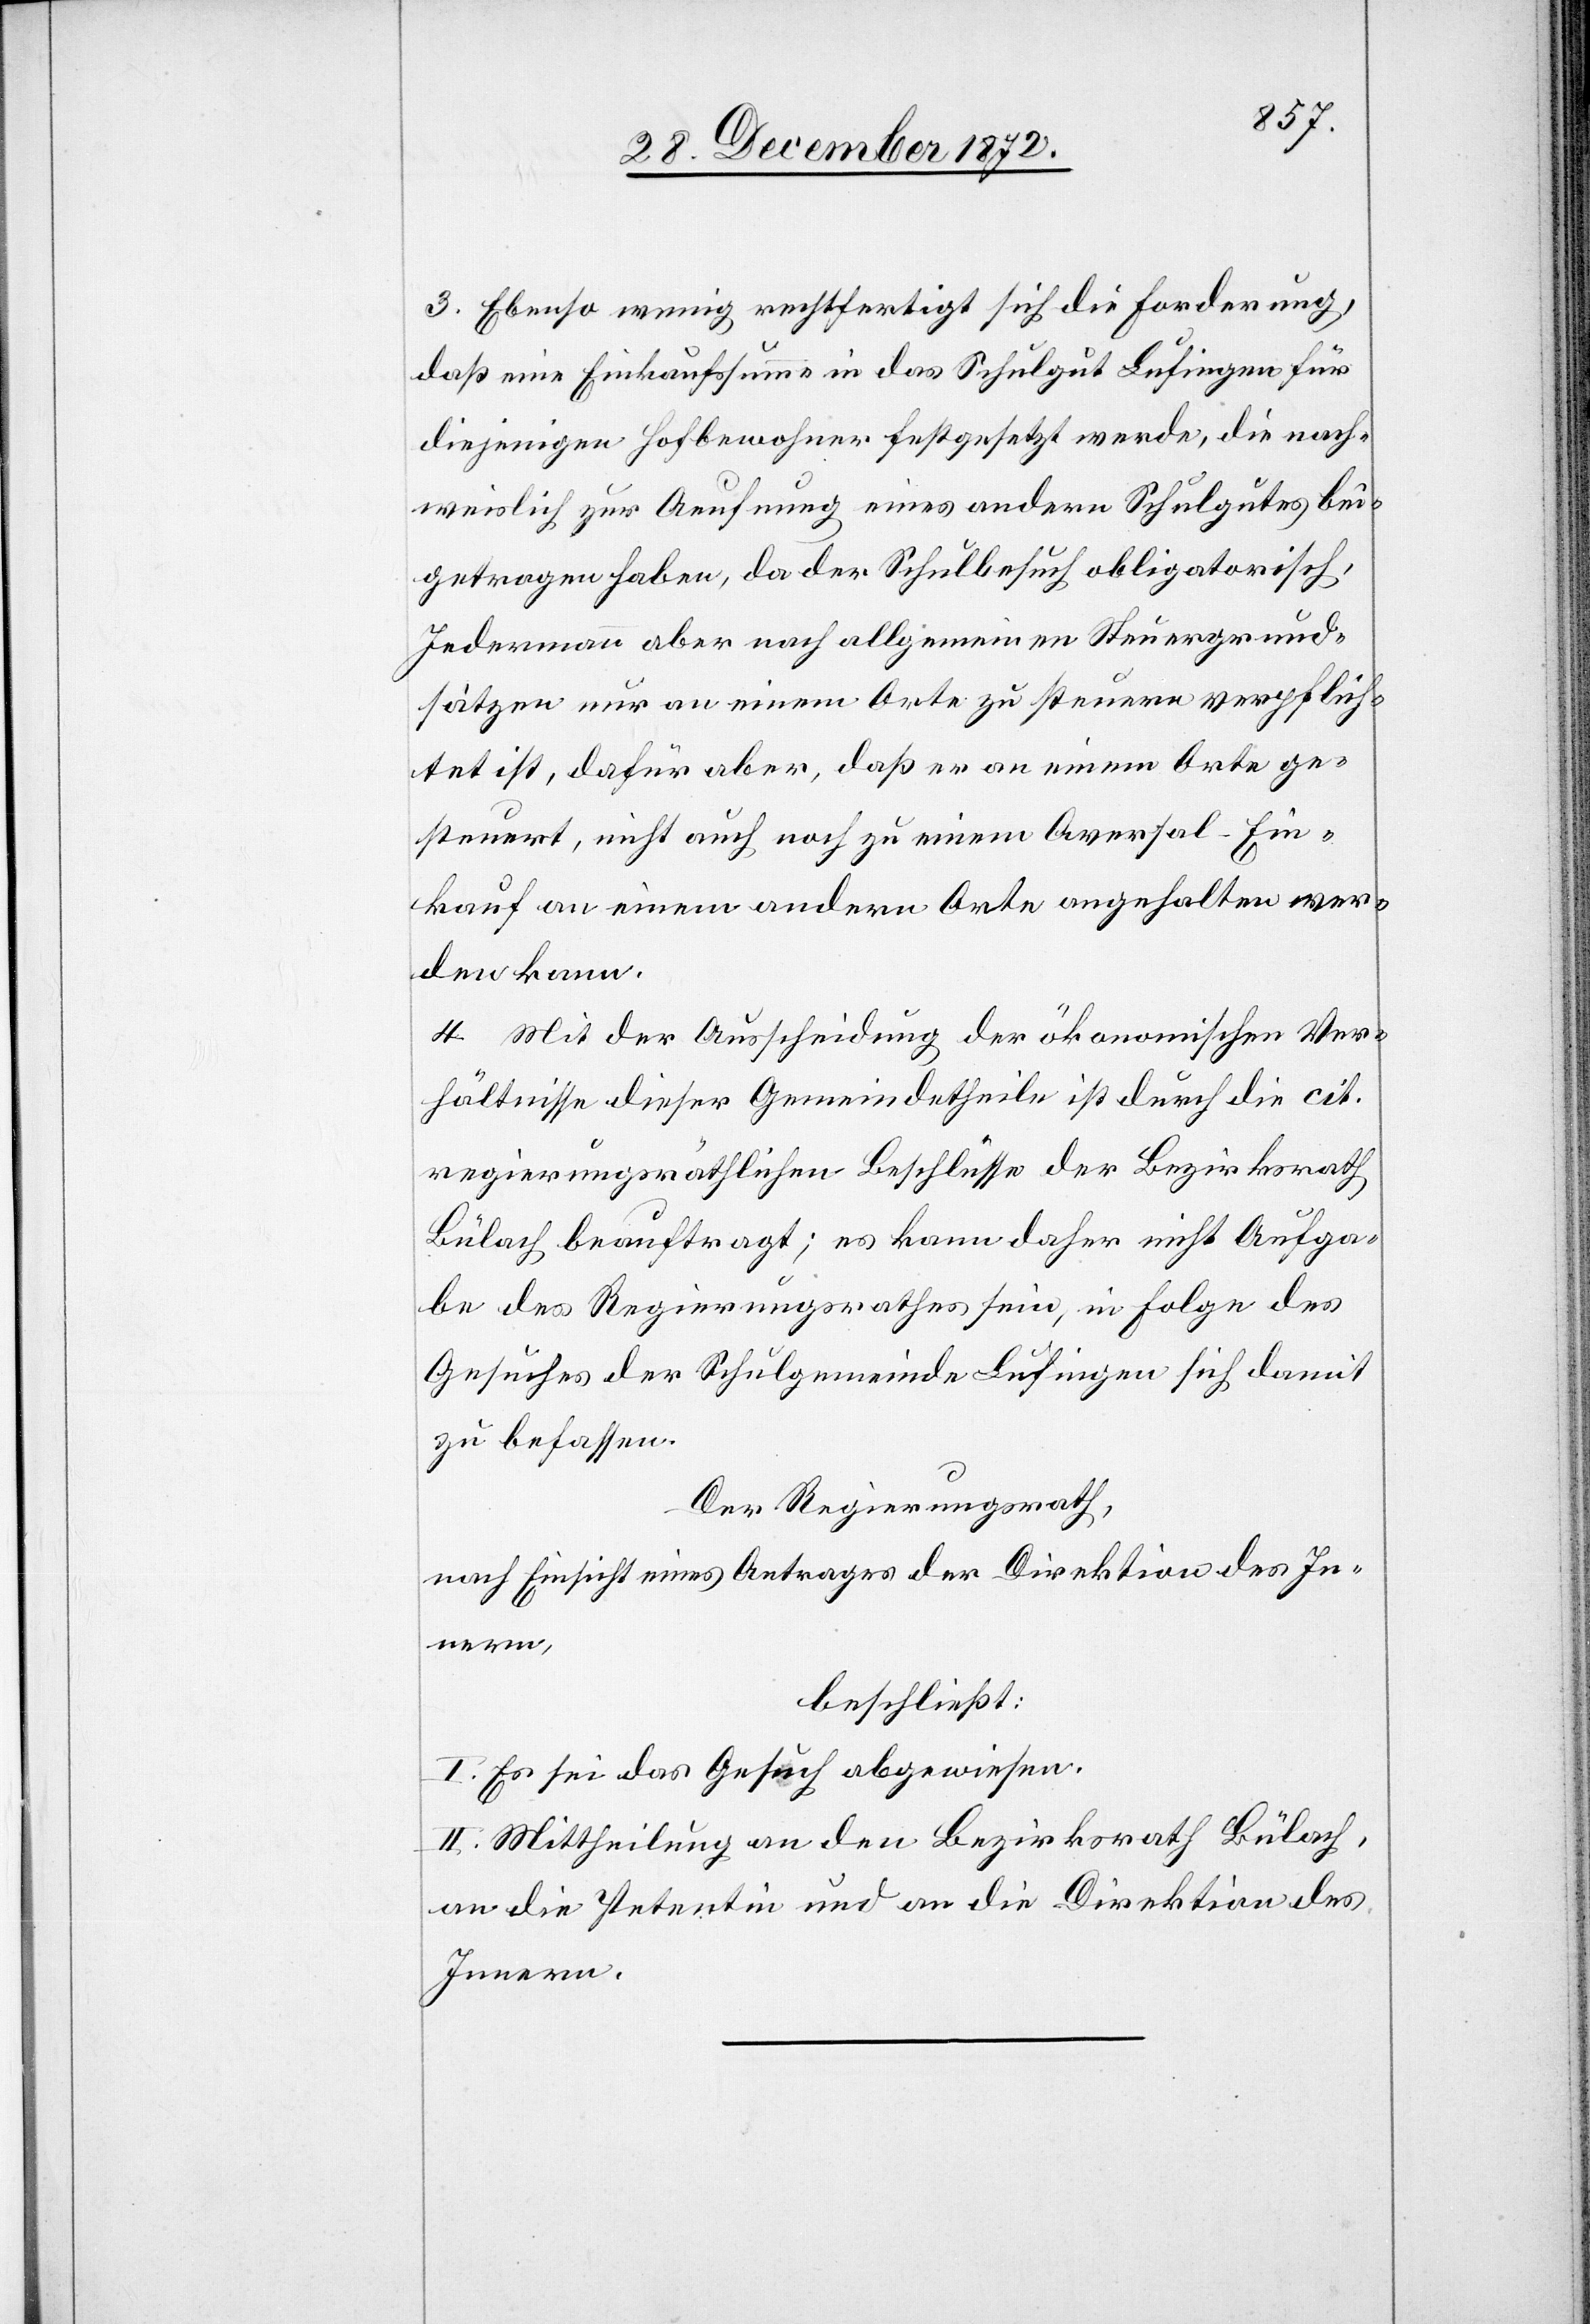
3. Ebenso wenig rechtfertigt sich die Forderung,
daß eine Einkaufssumme in das Schulgut Lufingen für
diejenigen Hofbewohner festgesetzt werde, die nach¬
weislich zur Aeufnung eines andern Schulgutes bei¬
getragen haben, da der Schulbesuch obligatorisch,
Jedermann aber nach allgemeinen Steuergrund¬
sätzen nur an einem Orte zu steuern verpflich¬
tet ist, dafür aber, daß er an einem Orte ge¬
steuert, nicht auch noch zu einem Aversal-Ein¬
kauf an einem andern Orte angehalten wer¬
den kann.
4. Mit der Ausscheidung der ökonomischen Ver¬
hältnisse dieser Gemeindetheile ist durch die cit.
regierungsräthlichen Beschlüsse der Bezirksrath
Bülach beauftragt; es kann daher nicht Aufga¬
be des Regierungsrathes sein, in Folge des
Gesuches der Schulgemeinde Lufingen sich damit
zu befassen.
Der Regierungsrath,
nach Einsicht eines Antrages der Direktion des In¬
nern,
beschließt:
I. Es sei das Gesuch abgewiesen.
II. Mittheilung an den Bezirksrath Bülach,
an die Petentin und an die Direktion des
Innern.